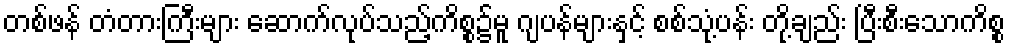
တစ်ဖန် တံတားကြီးများ ဆောက်လုပ်သည့်ကိစ္စ၌မူ ဂျပန်များနှင့် စစ်သုံ့ပန်း တို့ချည်း ပြီးစီးသောကိစ္စ